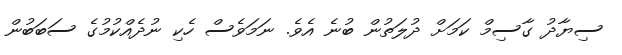
ސިޔާދު ގާސިމް ކަމަށް ދުލަތުން ބުނެ އެވެ. ނަމަވެސް ހެކި ނުދެއްކުމުގެ ސަބަބުން